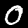
Label: 0